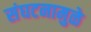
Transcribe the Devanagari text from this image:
संघटनामुळे